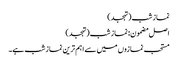
نماز شب (تہجد)
اصل مضمون: نماز شب (تہجد)
مستحب نمازوں میں سے اہم ترین نماز شب ہے۔